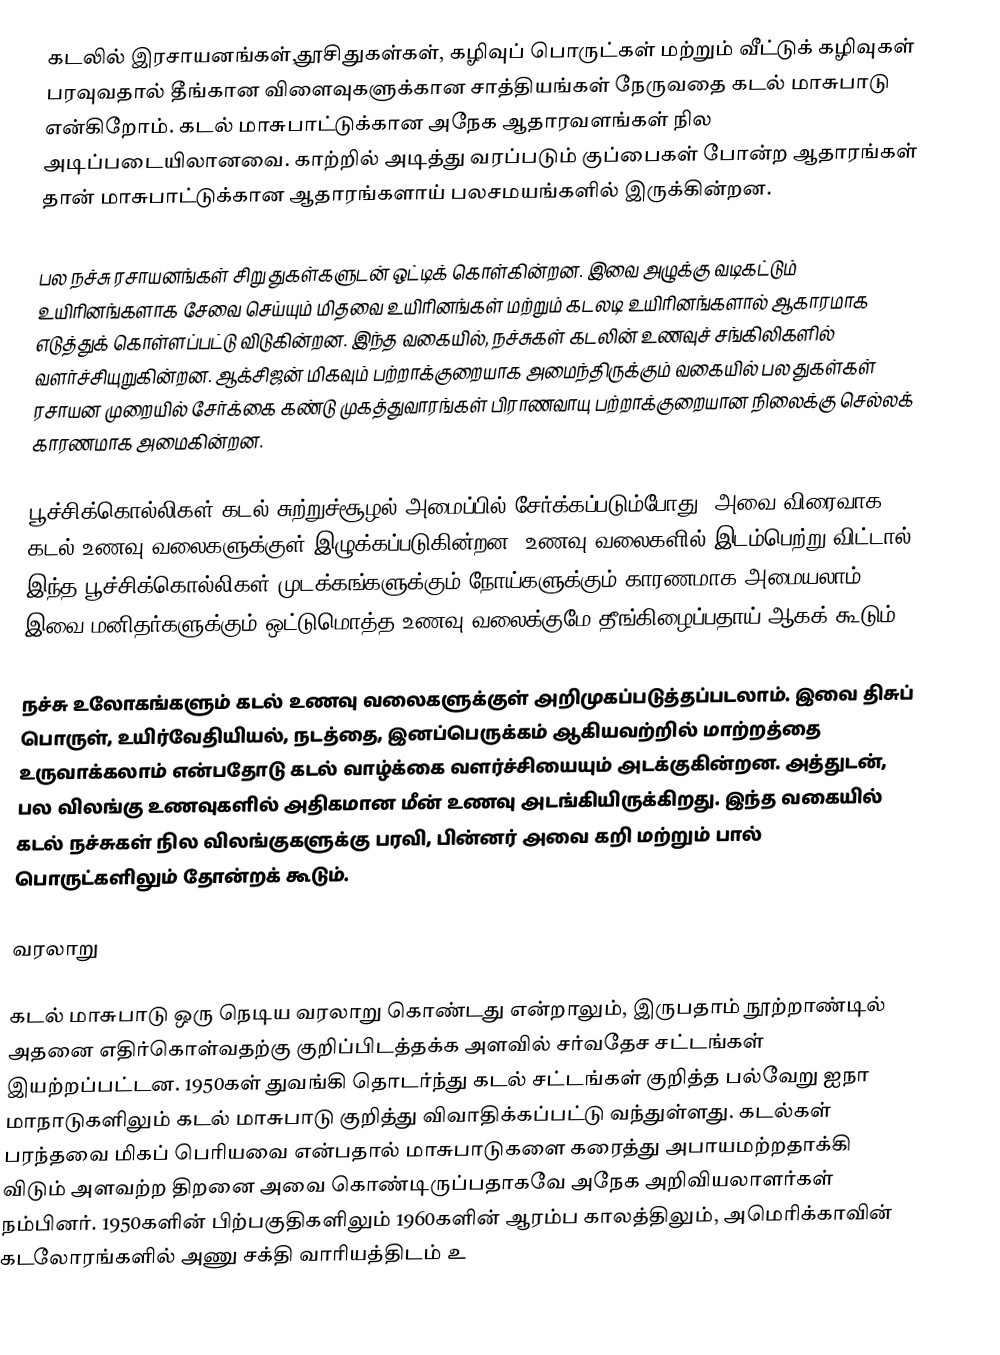
கடலில் இரசாயனங்கள்,தூசிதுகள்கள், கழிவுப் பொருட்கள் மற்றும் வீட்டுக் கழிவுகள் பரவுவதால் தீங்கான விளைவுகளுக்கான சாத்தியங்கள் நேருவதை கடல் மாசுபாடு என்கிறோம். கடல் மாசுபாட்டுக்கான அநேக ஆதாரவளங்கள் நில அடிப்படையிலானவை. காற்றில் அடித்து வரப்படும் குப்பைகள் போன்ற ஆதாரங்கள் தான் மாசுபாட்டுக்கான ஆதாரங்களாய் பலசமயங்களில் இருக்கின்றன.

பல நச்சு ரசாயனங்கள் சிறு துகள்களுடன் ஒட்டிக் கொள்கின்றன. இவை அழுக்கு வடிகட்டும் உயிரினங்களாக சேவை செய்யும் மிதவை உயிரினங்கள் மற்றும் கடலடி உயிரினங்களால் ஆகாரமாக எடுத்துக் கொள்ளப்பட்டு விடுகின்றன. இந்த வகையில், நச்சுகள் கடலின் உணவுச் சங்கிலிகளில் வளர்ச்சியுறுகின்றன. ஆக்சிஜன் மிகவும் பற்றாக்குறையாக அமைந்திருக்கும் வகையில் பல துகள்கள் ரசாயன முறையில் சேர்க்கை கண்டு முகத்துவாரங்கள் பிராணவாயு பற்றாக்குறையான நிலைக்கு செல்லக் காரணமாக அமைகின்றன.

பூச்சிக்கொல்லிகள் கடல் சுற்றுச்சூழல் அமைப்பில் சேர்க்கப்படும்போது, அவை விரைவாக கடல் உணவு வலைகளுக்குள் இழுக்கப்படுகின்றன. உணவு வலைகளில் இடம்பெற்று விட்டால், இந்த பூச்சிக்கொல்லிகள் முடக்கங்களுக்கும் நோய்களுக்கும் காரணமாக அமையலாம். இவை மனிதர்களுக்கும் ஒட்டுமொத்த உணவு வலைக்குமே தீங்கிழைப்பதாய் ஆகக் கூடும்.

நச்சு உலோகங்களும் கடல் உணவு வலைகளுக்குள் அறிமுகப்படுத்தப்படலாம். இவை திசுப் பொருள், உயிர்வேதியியல், நடத்தை, இனப்பெருக்கம் ஆகியவற்றில் மாற்றத்தை உருவாக்கலாம் என்பதோடு கடல் வாழ்க்கை வளர்ச்சியையும் அடக்குகின்றன. அத்துடன், பல விலங்கு உணவுகளில் அதிகமான மீன் உணவு அடங்கியிருக்கிறது. இந்த வகையில் கடல் நச்சுகள் நில விலங்குகளுக்கு பரவி, பின்னர் அவை கறி மற்றும் பால் பொருட்களிலும் தோன்றக் கூடும்.

வரலாறு

கடல் மாசுபாடு ஒரு நெடிய வரலாறு கொண்டது என்றாலும், இருபதாம் நூற்றாண்டில் அதனை எதிர்கொள்வதற்கு குறிப்பிடத்தக்க அளவில் சர்வதேச சட்டங்கள் இயற்றப்பட்டன. 1950கள் துவங்கி தொடர்ந்து கடல் சட்டங்கள் குறித்த பல்வேறு ஐநா மாநாடுகளிலும் கடல் மாசுபாடு குறித்து விவாதிக்கப்பட்டு வந்துள்ளது. கடல்கள் பரந்தவை மிகப் பெரியவை என்பதால் மாசுபாடுகளை கரைத்து அபாயமற்றதாக்கி விடும் அளவற்ற திறனை அவை கொண்டிருப்பதாகவே அநேக அறிவியலாளர்கள் நம்பினர். 1950களின் பிற்பகுதிகளிலும் 1960களின் ஆரம்ப காலத்திலும், அமெரிக்காவின் கடலோரங்களில் அணு சக்தி வாரியத்திடம் உ